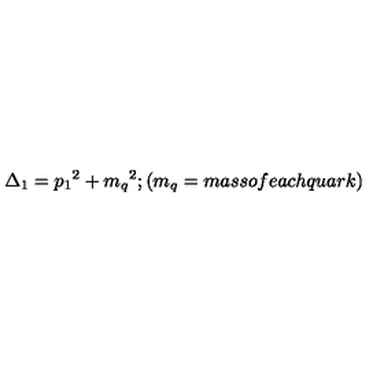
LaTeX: \Delta _ { 1 } = { p _ { 1 } } ^ { 2 } + { m _ { q } } ^ { 2 } ; ( m _ { q } = m a s s o f e a c h q u a r k )